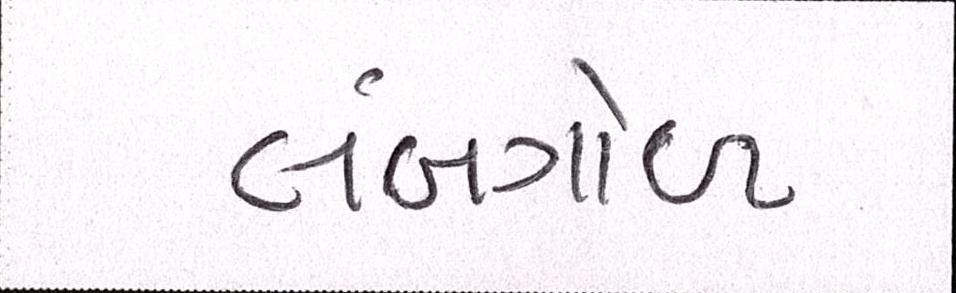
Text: લંબગોળ